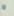
لا